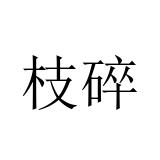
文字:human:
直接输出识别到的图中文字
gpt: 枝碎